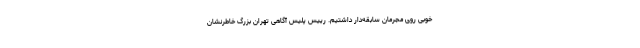
خوبی روی مجرمان سابقه‌دار داشتیم. رییس پلیس آگاهی تهران بزرگ خاطرنشان